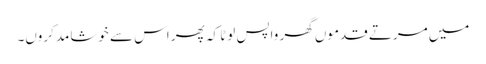
میں مرتے قدموں گھر واپس لوٹا کہ پھر اس سے خوشامد کروں۔